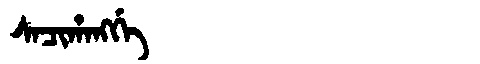
Manchu: ᠰᠠᠴᡳᡥᠠᠩᡤᡝ
Romanization: SACIHANGGE